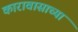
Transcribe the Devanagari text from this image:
कारावासाच्या